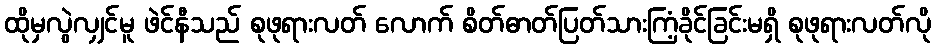
ထိုမှလွဲလျှင်မူ ဖဲင်နီသည် စုဖုရားလတ် လောက် စိတ်ဓာတ်ပြတ်သားကြံ့ခိုင်ခြင်းမရှိ စုဖုရားလတ်လို